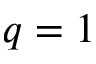
q = 1